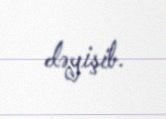
dəyişib.